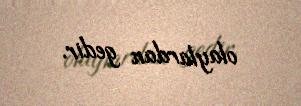
olaylardan gedir.